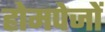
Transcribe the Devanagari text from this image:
होमपेजों